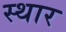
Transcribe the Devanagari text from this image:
स्थार